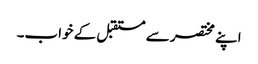
اپنے مختصر سے مستقبل کے خواب۔